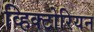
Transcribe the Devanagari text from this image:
व्हिक्टोरियन